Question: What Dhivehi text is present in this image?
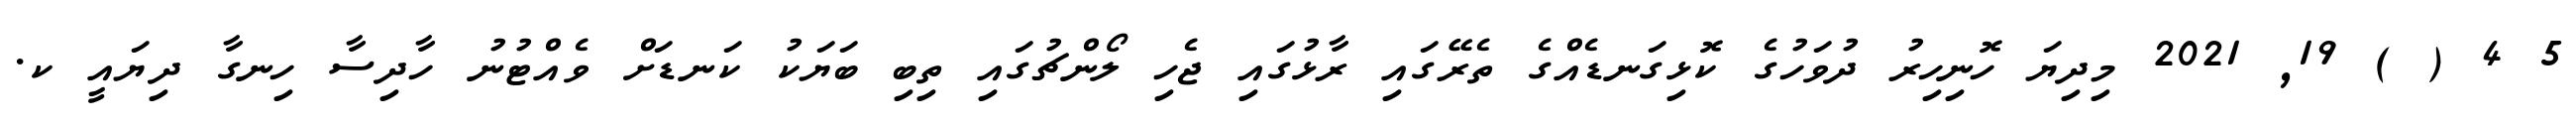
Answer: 5 4 ( ) 19, 2021 މިދިޔަ ހޮނިހިރު ދުވަހުގެ ކޮޅިގަނޑެއްގެ ތެރޭގައި ރާޅުގައި ޖެހި ލޯންޗުގައި ތިބި ބަޔަކު ކަނޑަށް ވެއްޓުނު ހާދިސާ ހިނގާ ދިޔައީ ކ.